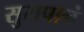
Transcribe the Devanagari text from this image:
सुरापानं